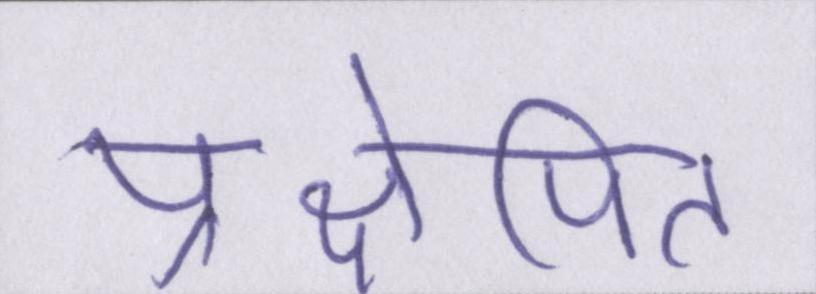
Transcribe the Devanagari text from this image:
प्रक्षेपित